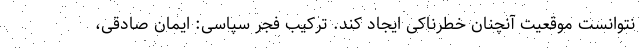
نتوانست موقعیت آنچنان خطرناکی ایجاد کند. ترکیب فجر سپاسی: ایمان صادقی،